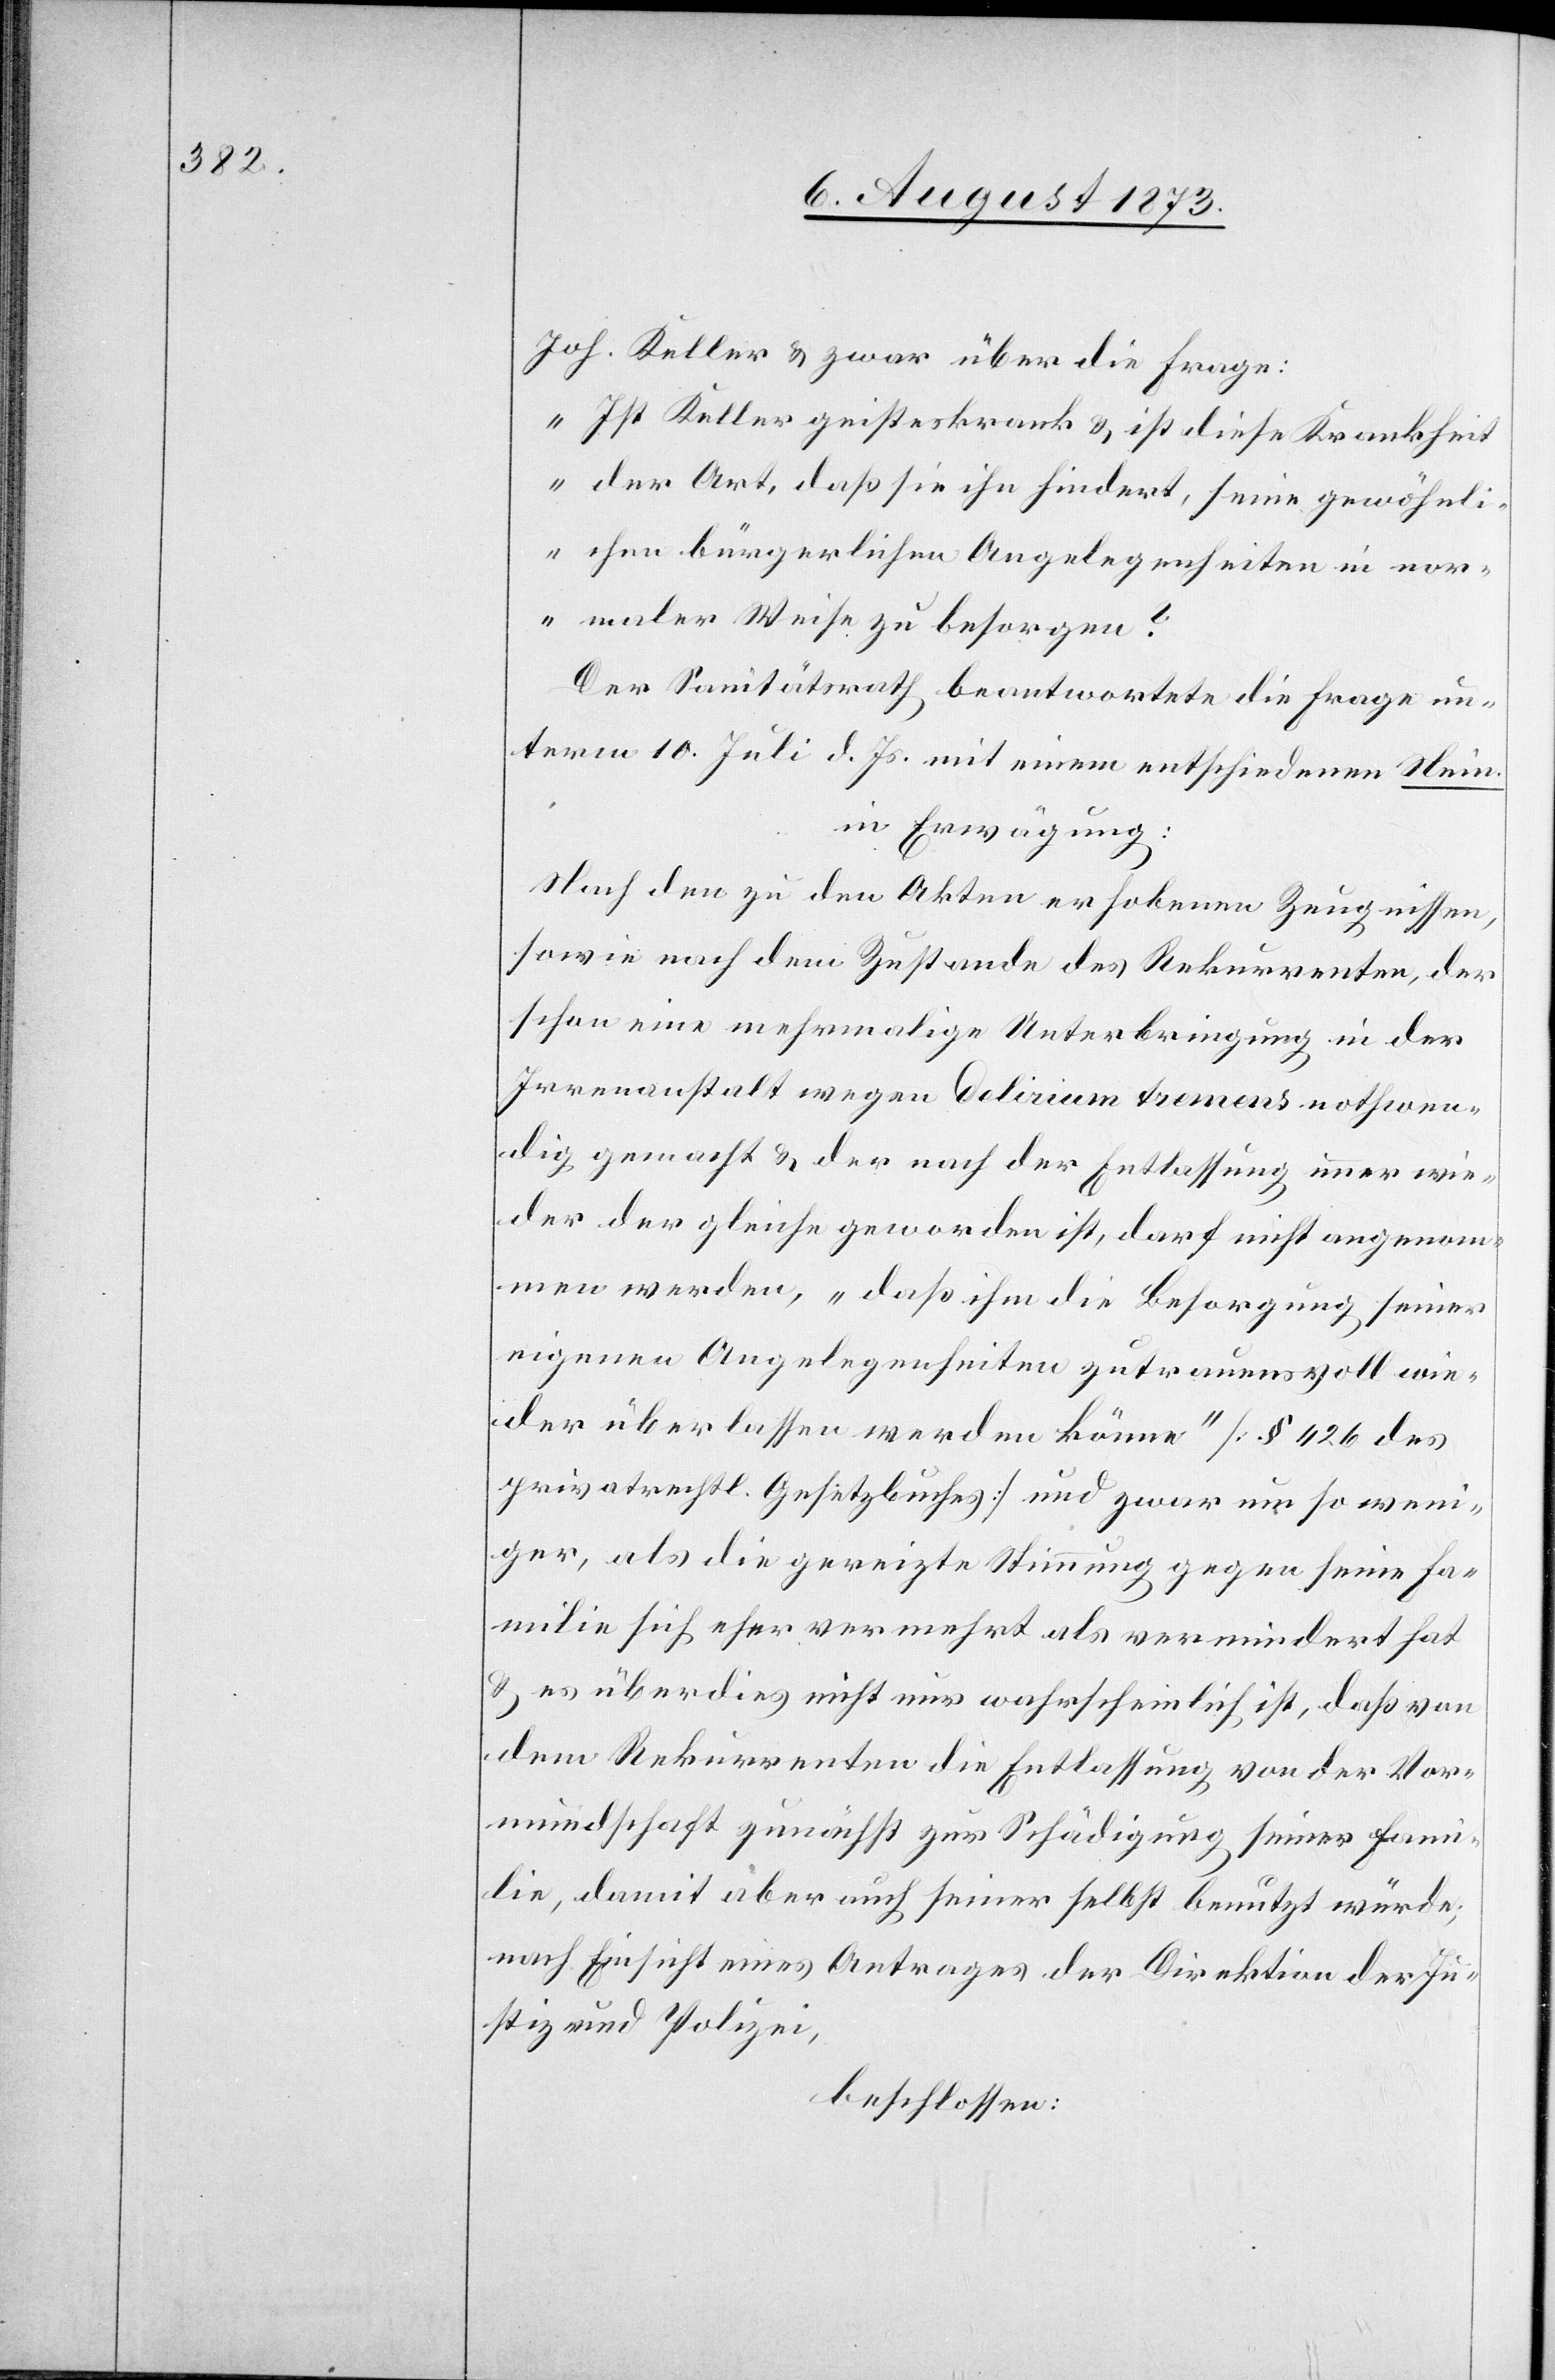
Joh. Keller & zwar über die Frage:
„Ist Keller geisteskrank & ist diese Krankheit
der Art, daß sie ihn hindert, seine gewöhnli¬
chen bürgerlichen Angelegenheiten in nor¬
maler Weise zu besorgen?“
Der Sanitätsrath beantwortete die Frage un¬
term 10. Juli d. Js. mit einem entschiedenen Nein.
in Erwägung:
Nach den zu den Akten erhobenen Zeugnissen,
sowie nach dem Zustande des Rekurrenten, der
schon eine mehrmalige Unterbringung in der
Irrenanstalt wegen delirium tremens nothwen¬
dig gemacht & der nach der Entlassung immer wie¬
der der gleiche geworden ist, darf nicht angenom¬
men werden, „daß ihm die Besorgung seiner
eigenen Angelegenheiten zutrauensvoll wie¬
der überlassen werden könne“ [§ 426 des
privatrechtl. Gesetzbuches] und zwar um so weni¬
ger, als die gereizte Stimmung gegen seine Fa¬
milie sich eher vermehrt als vermindert hat
& es überdies nicht nur wahrscheinlich ist, daß von
dem Rekurrenten die Entlassung von der Vor¬
mundschaft zunächst zur Schädigung seiner Fami¬
lie, damit aber auch seiner selbst benutzt würde;
nach Einsicht eines Antrages der Direktion des Innern,
beschlossen: